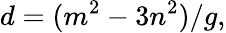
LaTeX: d=(m^{2}-3n^{2})/g,